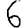
Digit: 6